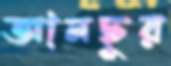
আনছুর